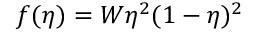
f ( \eta ) = W \eta ^ { 2 } ( 1 - \eta ) ^ { 2 }